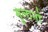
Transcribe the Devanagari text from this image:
मुलानो